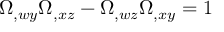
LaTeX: \Omega _ { , w y } \Omega _ { , x z } - \Omega _ { , w z } \Omega _ { , x y } = 1